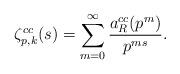
LaTeX: \begin{align*}\zeta_{p,k}^{cc}(s) = \sum_{m=0}^{\infty} \frac{a_{R}^{cc}(p^m)}{p^{ms}}.\end{align*}